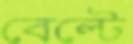
বেল্টে